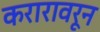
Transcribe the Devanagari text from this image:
करारावरून